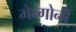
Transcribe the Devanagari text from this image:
मेन्गोनी